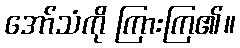
အော်သံကို ကြားကြ၏။